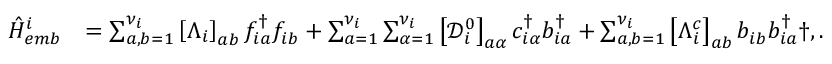
\begin{array} { r l } { \hat { H } _ { e m b } ^ { i } } & { = \sum _ { a , b = 1 } ^ { { \nu } _ { i } } \left[ \Lambda _ { i } \right] _ { a b } f _ { i a } ^ { \dagger } f _ { i b } ^ { \phantom { \dagger } } + \sum _ { a = 1 } ^ { { \nu } _ { i } } \sum _ { \alpha = 1 } ^ { \nu _ { i } } \left[ \mathcal { D } _ { i } ^ { 0 } \right] _ { a \alpha } c _ { i \alpha } ^ { \dagger } b _ { i a } ^ { \dagger } + \sum _ { a , b = 1 } ^ { { \nu } _ { i } } \left[ \Lambda _ { i } ^ { c } \right] _ { a b } b _ { i b } ^ { \phantom { \dagger } } b _ { i a } ^ { \dagger } \dag , . } \end{array}